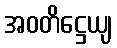
အဝတိဋ္ဌေယျ